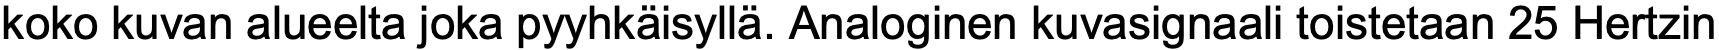
koko kuvan alueelta joka pyyhkäisyllä. Analoginen kuvasignaali toistetaan 25 Hertzin